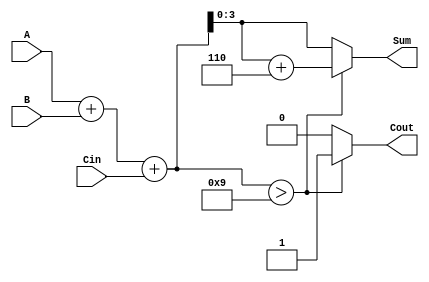
module BCD_Adder (
    input  wire [3:0] A,      // First BCD digit
    input  wire [3:0] B,      // Second BCD digit
    input  wire Cin,          // Carry input
    output reg  [3:0] Sum,    // BCD sum output
    output reg  Cout          // Carry output
);

    wire [4:0] TempSum;       // Temporary sum (5 bits to accommodate carry)
    
    // Step 1: Compute the initial sum
    assign TempSum = A + B + Cin;
    
    always @(*) begin
        // Step 2: Check if TempSum exceeds BCD limit (9)
        if (TempSum > 9) begin
            // If so, perform BCD correction
            Sum = TempSum + 6;  // Add 6 for correction
            Cout = 1;           // Set carry out
        end else begin
            // If not, just assign the sum
            Sum = TempSum[3:0]; // Assign lower 4 bits
            Cout = 0;           // No carry out
        end
    end
endmodule